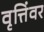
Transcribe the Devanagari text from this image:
वृत्तिंवर